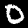
Digit: 0